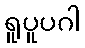
ရူပူပဂါ